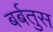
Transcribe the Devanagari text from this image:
बर्बतुस